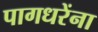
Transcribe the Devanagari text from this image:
पागधरेंना